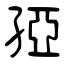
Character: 孲